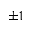
\pm 1